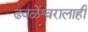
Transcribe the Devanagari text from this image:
ढवळेश्वरालाही